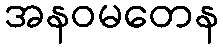
အနဝမတေန